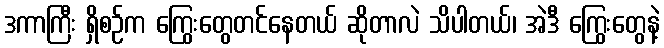
ဒကာကြီး ရှိစဉ်က ကြွေးတွေတင်နေတယ် ဆိုတာလဲ သိပါတယ်၊ အဲဒီ ကြွေးတွေနဲ့